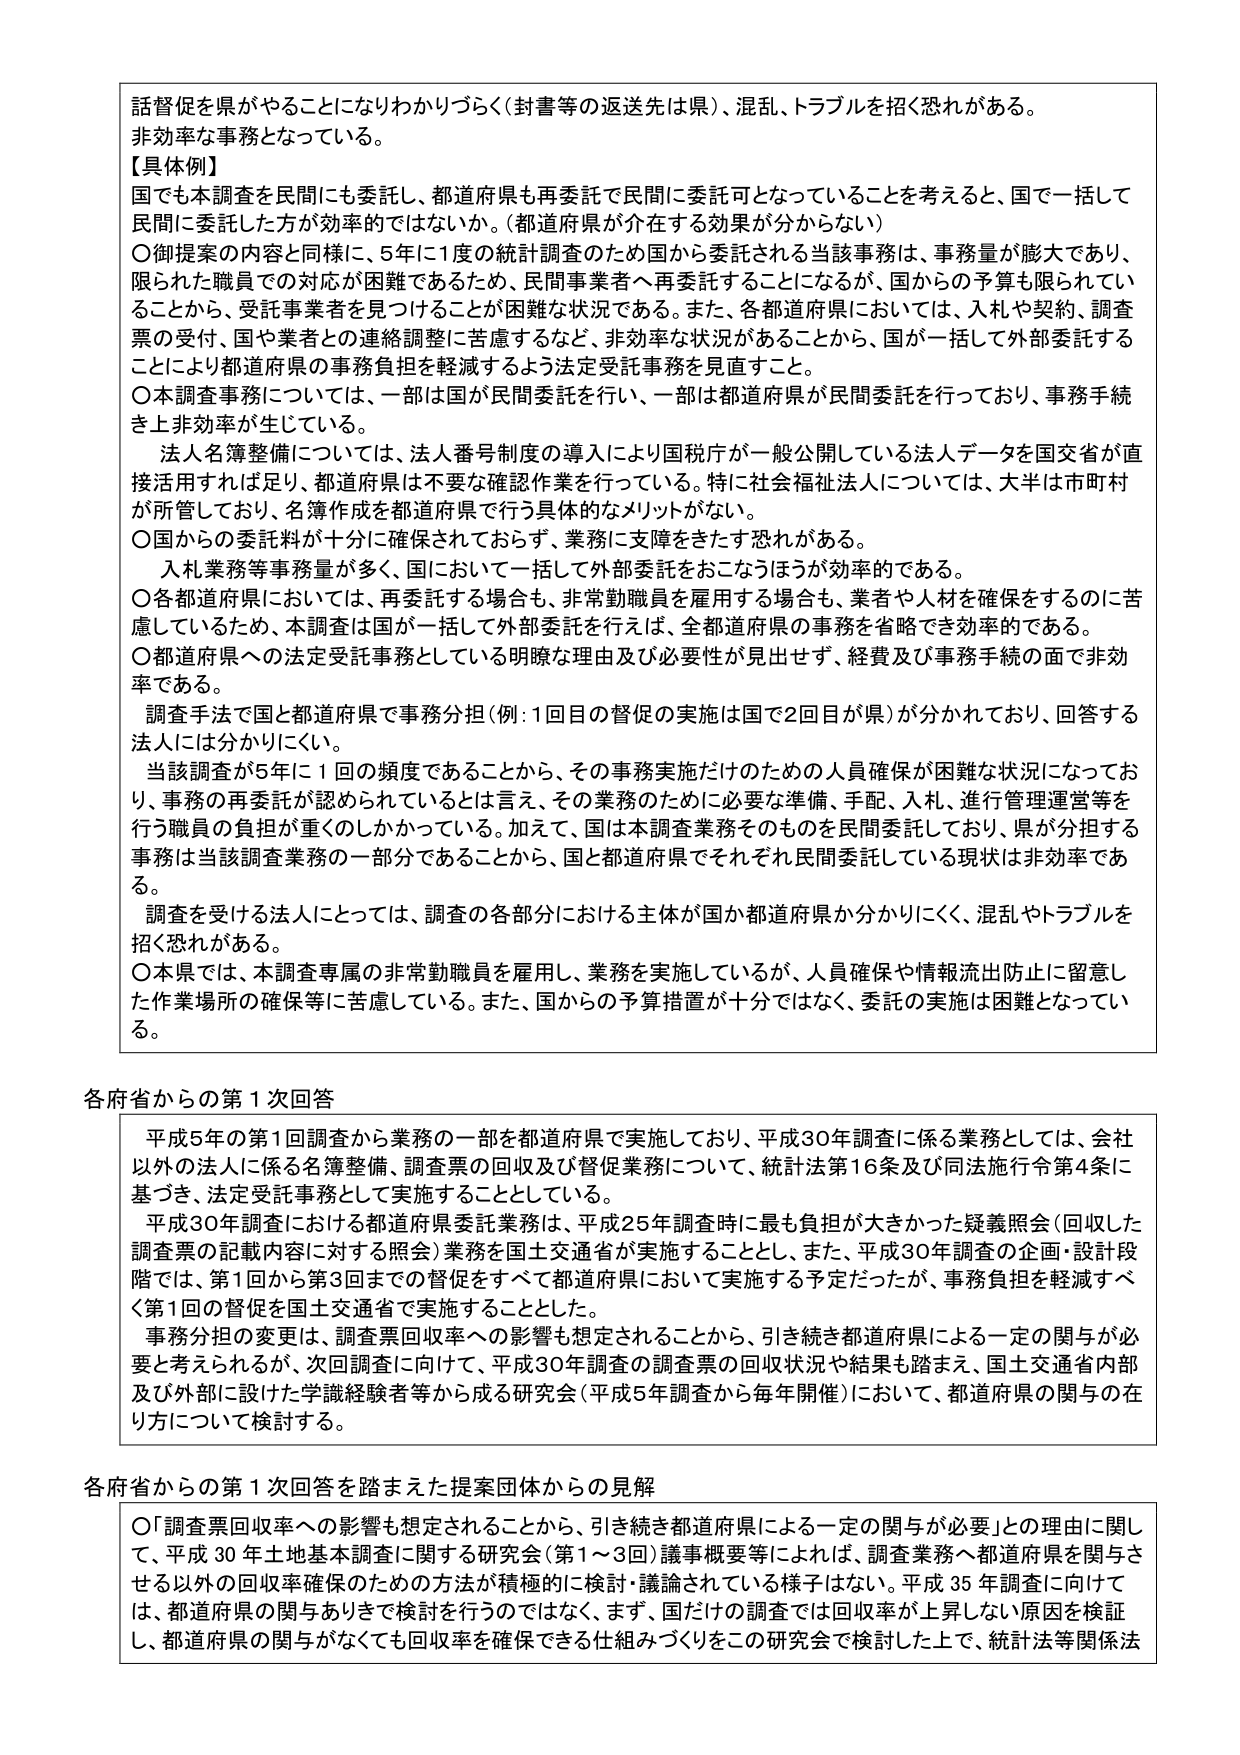
話督促を県がやることになりわかりづらく（封書等の返送先は県）、混乱、トラブルを招く恐れがある。
非効率な事務となっている。
【具体例】
国でも本調査を民間にも委託し、都道府県も再委託で民間に委託可となっていることを考えると、国で一括して民間に委託した方が効率的ではないか。（都道府県が介在する効果が分からない）
〇御提案の内容と同様に、5年に1度の統計調査のため国から委託される当該事務は、事務量が膨大であり、限られた職員での対応が困難であるため、民間事業者へ再委託することになるが、国からの予算も限られていることから、受託事業者を見つけることが困難な状況である。また、各都道府県においては、入札や契約、調査票の受付、国や業者との連絡調整に苦慮するなど、非効率な状況があることから、国が一括して外部委託することにより都道府県の事務負担を軽減するよう法定受託事務を見直すこと。
〇本調査事務については、一部は国が民間委託を行い、一部は都道府県が民間委託を行っており、事務手続き上非効率が生じている。
　法人名簿整備については、法人番号制度の導入により国税庁が一般公開している法人データを国交省が直接活用すれば足り、都道府県は不要な確認作業を行っている。特に社会福祉法人については、大半は市町村が所管しており、名簿作成は都道府県で行う具体的なメリットがない。
〇国からの委託料が十分に確保されておらず、業務に支障をきたす恐れがある。
　入札業務等事務量が多く、国において一括して外部委託をおこなうほうが効率的である。
〇各都道府県においては、再委託する場合も、非常勤職員を雇用する場合も、業者や人材を確保をするのに苦慮しているため、本調査は国が一括して外部委託を行えば、全都道府県の事務を省略でき効率的である。
〇都道府県への法定受託事務としている明瞭な理由及び必要性が見出せず、経費及び事務手続の面で非効率である。
　調査手法で国と都道府県で事務分担（例：1回目の督促の実施は国で2回目が県）が分かれており、回答する法人には分かりにくい。
　当該調査が5年に1回の頻度であることから、その事務実施だけのための人員確保が困難な状況になっており、事務の再委託が認められているとは言え、その業務のために必要な準備、手配、入札、進行管理運営等を行う職員の負担が重くのしかかっている。加えて、国は本調査業務そのものを民間委託しており、県が分担する事務は当該調査業務の一部分であることから、国と都道府県でそれぞれ民間委託している現状は非効率である。
　調査を受ける法人にとっては、調査の各部分における主体が国か都道府県か分かりにくく、混乱やトラブルを招く恐れがある。
〇本県では、本調査専属の非常勤職員を雇用し、業務を実施しているが、人員確保や情報流出防止に留意した作業場所の確保等に苦慮している。また、国からの予算措置が十分ではなく、委託の実施は困難となっている。

各府省からの第1次回答
　平成5年の第1回調査から業務の一部を都道府県で実施しており、平成30年調査に係る業務としては、会社以外の法人に係る名簿整備、調査票の回収及び督促業務について、統計法第16条及び同法施行令第4条に基づき、法定受託事務として実施することとしている。
　平成30年調査における都道府県委託業務は、平成25年調査時に最も負担が大きかった疑義照会（回収した調査票の記載内容に対する照会）業務を国土交通省が実施することとし、また、平成30年調査の企画・設計段階では、第1回から第3回までの督促をすべて都道府県において実施する予定だったが、事務負担を軽減すべく第1回の督促を国土交通省で実施することとした。
　事務分担の変更は、調査票回収率への影響も想定されることから、引き続き都道府県による一定の関与が必要と考えられるが、次回調査に向けて、平成30年調査の調査票の回収状況や結果も踏まえ、国土交通省内部及び外部に設けた学識経験者等から成る研究会（平成5年調査から毎年開催）において、都道府県の関与の在り方について検討する。

各府省からの第1次回答を踏まえた提案団体からの見解
〇「調査票回収率への影響も想定されることから、引き続き都道府県による一定の関与が必要」との理由に関して、平成30年土地基本調査に関する研究会（第1～3回）議事概要等によれば、調査業務へ都道府県を関与させる以外の回収率確保のための方法が積極的に検討・議論されている様子はない。平成35年調査に向けては、都道府県の関与ありきで検討を行うのではなく、まず、国だけの調査では回収率が上昇しない原因を検証し、都道府県の関与がなくても回収率を確保できる仕組みづくりをこの研究会で検討した上で、統計法等関係法